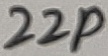
Text: 22p